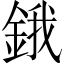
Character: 鋨